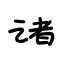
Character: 诸